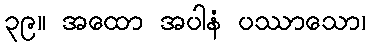
၃၉။ အထော အပါနံ ပဿာသော၊